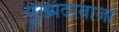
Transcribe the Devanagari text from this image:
मुख्यदरवाजा